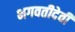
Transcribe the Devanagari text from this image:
भगवतीदेवी